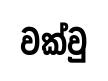
වක්වු